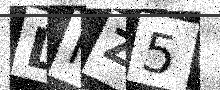
Text: LFZ5